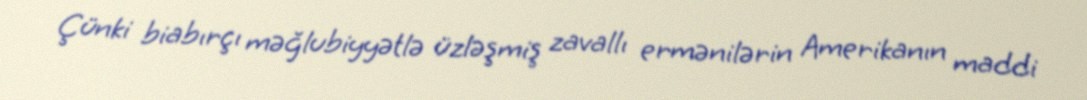
Çünki biabırçı məğlubiyyətlə üzləşmiş zavallı ermənilərin Amerikanın maddi